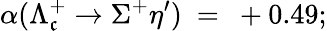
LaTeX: \alpha(\Lambda_{\mathfrak{c}}^{+}\rightarrow\Sigma^{+}\eta^{\prime})~=~+0.49;